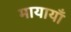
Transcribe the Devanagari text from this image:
मायायाँ